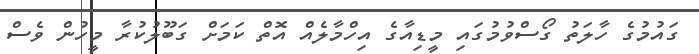
ގައުމުގެ ހާލަތު ގޯސްވުމުގައި މީޑިއާގެ އިހްމާލެއް އޮތް ކަމަށް ގަބޫލުކުރާ މީހުން ވެސް